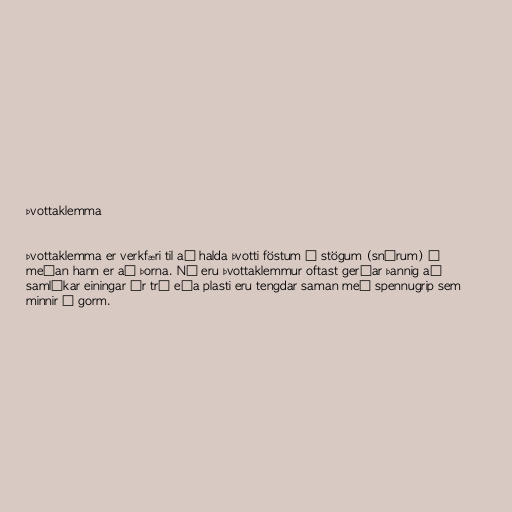
Þvottaklemma

Þvottaklemma er verkfæri til að halda þvotti föstum á stögum (snúrum) á
meðan hann er að þorna. Nú eru þvottaklemmur oftast gerðar þannig að
samlíkar einingar úr tré eða plasti eru tengdar saman með spennugrip sem
minnir á gorm.